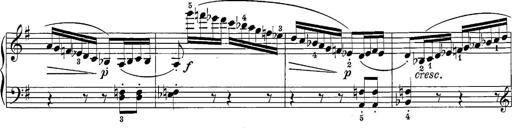
Title: 12 Sonatine per Pianoforte
Composer: Friedrich Kuhlau